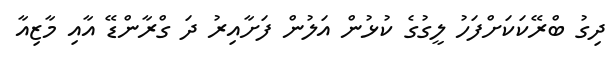
ދިގު ބްރޭކަކަށްފަހު ލީގުގެ ކުޅުން އަލުން ފަށާއިރު ދަ ގްރާންޑޭ އާއި މާޒިއާ